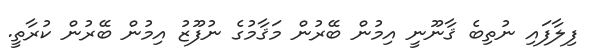
ފިލާފައި ނުތިބެ ޤާނޫނީ އިމުން ބޭރުން މަޤާމުގެ ނުފޫޒު އިމުން ބޭރުން ކުރާތީ.